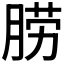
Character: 𦛨